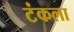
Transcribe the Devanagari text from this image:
टंकला